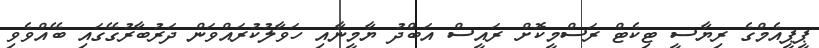
ޕީޕީއެމްގެ ރިޔާސީ ޓިކެޓް ރަސްމީކޮށް ރައީސް އަބްދު ޔާމީނާއި ހަވާލުކުރައްވަން ދަރުބާރުގޭގައި ބޭއްވެވި